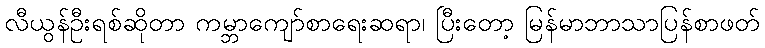
လီယွန်ဦးရစ်ဆိုတာ ကမ္ဘာကျော်စာရေးဆရာ၊ ပြီးတော့ မြန်မာဘာသာပြန်စာဖတ်